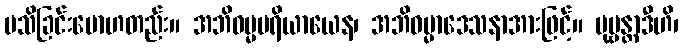
မသိခြင်းမောဟတည်း။ အဘိဓမ္မပရိယာယေန၊ အဘိဓမ္မာဒေသနာအားဖြင့်။ ပုဗ္ဗန္တာဒီဟိ၊